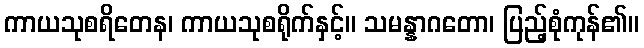
ကာယသုစရိတေန၊ ကာယသုစရိုက်နှင့်။ သမန္နာဂတော၊ ပြည့်စုံကုန်၏။